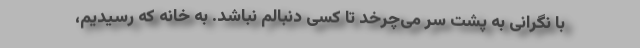
با نگرانی به پشت سر می‌چرخد تا کسی دنبالم نباشد. به خانه که رسیدیم،